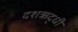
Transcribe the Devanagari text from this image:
दशऋद्धी